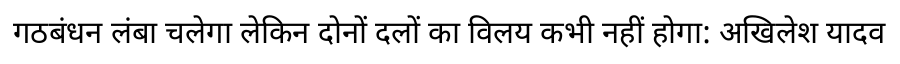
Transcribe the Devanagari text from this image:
गठबंधन लंबा चलेगा लेकिन दोनों दलों का विलय कभी नहीं होगा: अखिलेश यादव